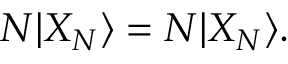
{ \cal N } | X _ { N } \rangle = N | X _ { N } \rangle .